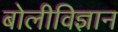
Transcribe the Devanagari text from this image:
बोलीविज्ञान